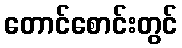
တောင်စောင်းတွင်